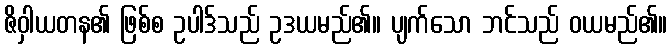
ဇိဝှါယတန၏ ဖြစ်စ ဥပါဒ်သည် ဥဒယမည်၏။ ပျက်သော ဘင်သည် ဝယမည်၏။